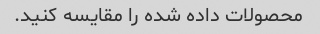
محصولات داده شده را مقایسه کنید.